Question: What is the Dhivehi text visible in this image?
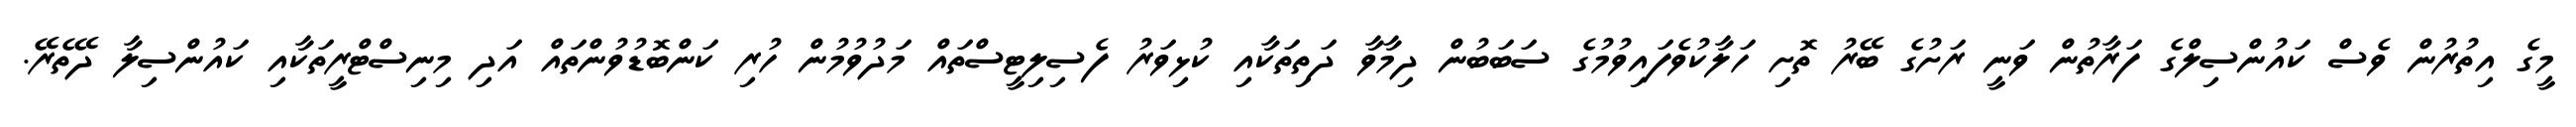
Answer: މީގެ އިތުރުން ވެސް ކައުންސިލްގެ ފަރާތުން ވަނީ ރަށުގެ ބޭރު ތޮށި ހަލާކުވެފައިވުމުގެ ސަބަބުން ދިމާވާ ދަތިތަކާއި ކުޅިވަރު ފެސިލިޓީސްތައް މަދުވުމުން ހުރި ކަންބޮޑުވުންތައް އަދި މިނިސްޓްރީތަކާއި ކައުންސިލާ ދޭތެރޭ.